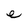
Character: e